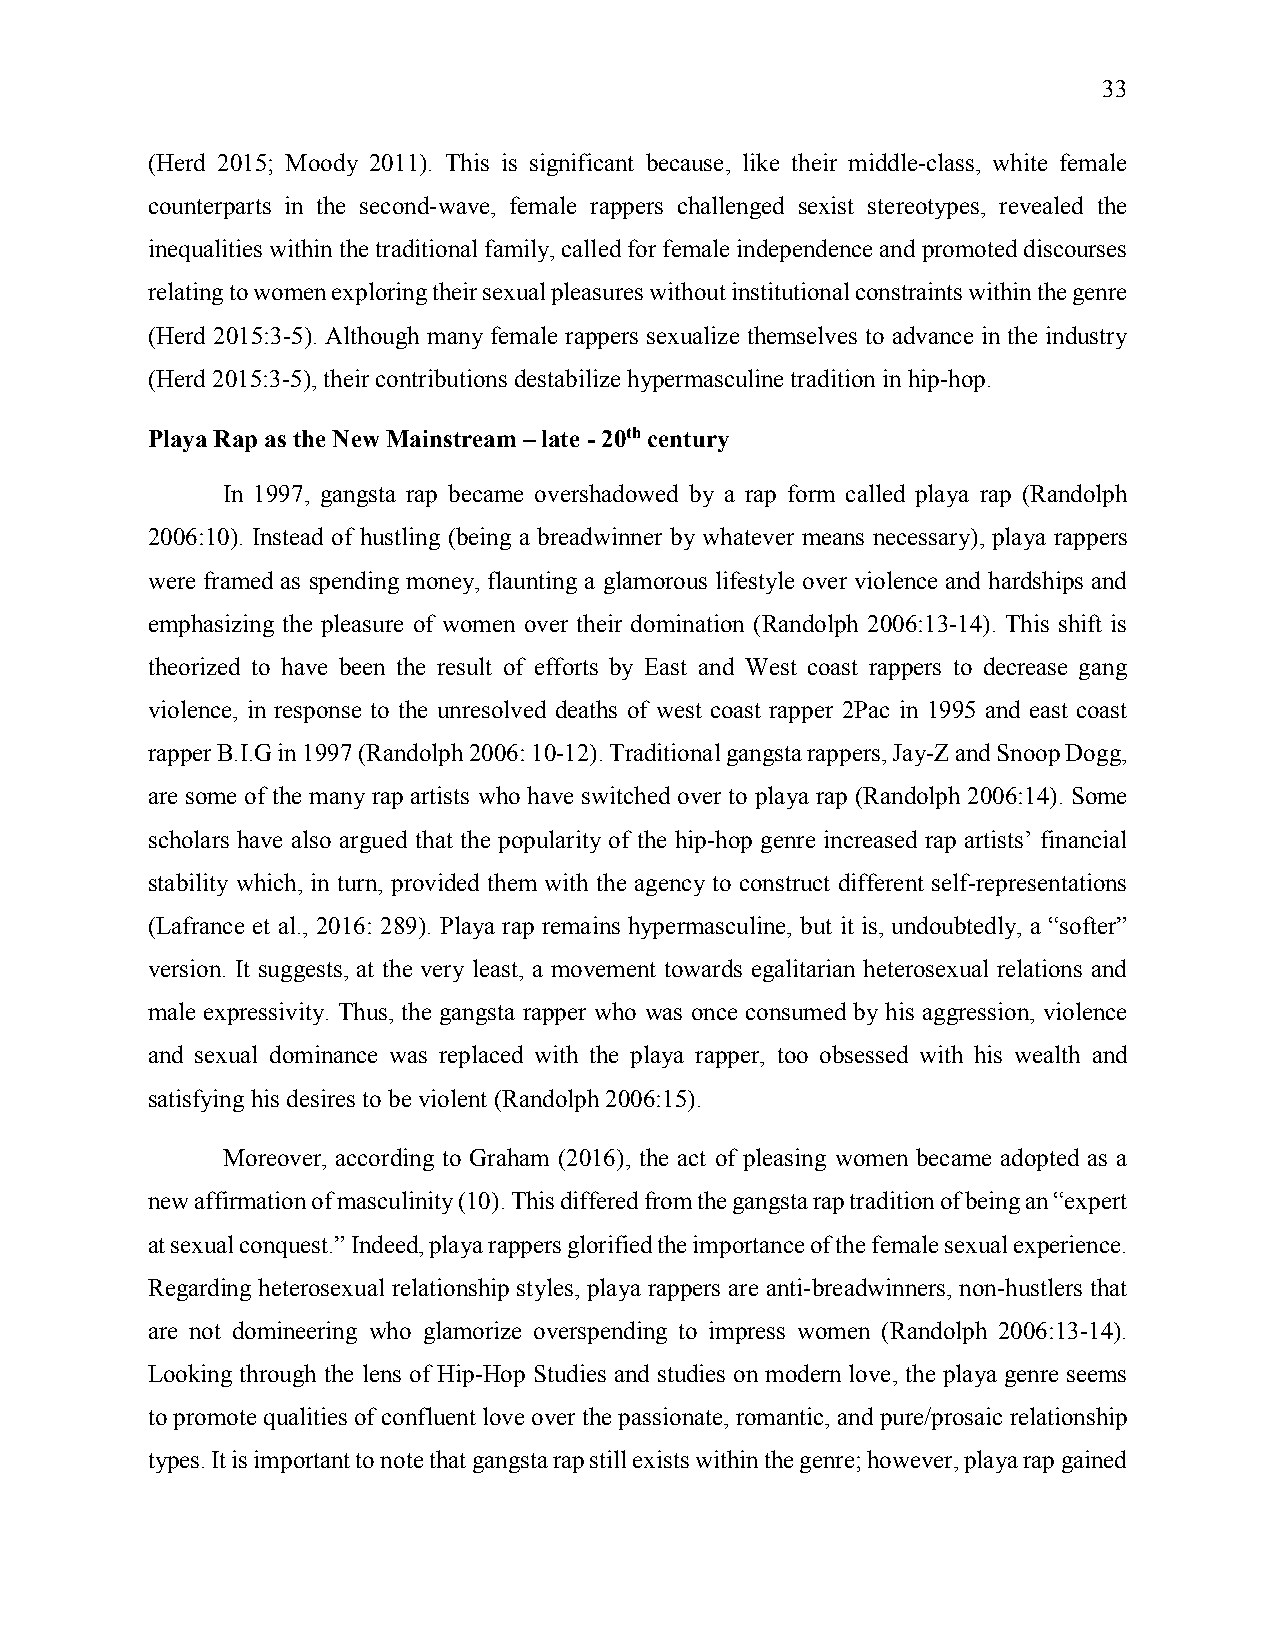
33
 (Herd 2015; Moody 2011). This is significant because, like their middle-class, white female
 counterparts in the second-wave, female rappers challenged sexist stereotypes, revealed the
 inequalities within the traditional family, called for female independence and promoted discourses
 relating to women exploring their sexual pleasures without institutional constraints within the genre
 (Herd 2015:3-5). Although many female rappers sexualize themselves to advance in the industry
 (Herd 2015:3-5), their contributions destabilize hypermasculine tradition in hip-hop.
 Playa Rap as the New Mainstream – late - 20th century
 In 1997, gangsta rap became overshadowed by a rap form called playa rap (Randolph
 2006:10). Instead of hustling (being a breadwinner by whatever means necessary), playa rappers
 were framed as spending money, flaunting a glamorous lifestyle over violence and hardships and
 emphasizing the pleasure of women over their domination (Randolph 2006:13-14). This shift is
 theorized to have been the result of efforts by East and West coast rappers to decrease gang
 violence, in response to the unresolved deaths of west coast rapper 2Pac in 1995 and east coast
 rapper B.I.G in 1997 (Randolph 2006: 10-12). Traditional gangsta rappers, Jay-Z and Snoop Dogg,
 are some of the many rap artists who have switched over to playa rap (Randolph 2006:14). Some
 scholars have also argued that the popularity of the hip-hop genre increased rap artists’ financial
 stability which, in turn, provided them with the agency to construct different self-representations
 (Lafrance et al., 2016: 289). Playa rap remains hypermasculine, but it is, undoubtedly, a “softer”
 version. It suggests, at the very least, a movement towards egalitarian heterosexual relations and
 male expressivity. Thus, the gangsta rapper who was once consumed by his aggression, violence
 and sexual dominance was replaced with the playa rapper, too obsessed with his wealth and
 satisfying his desires to be violent (Randolph 2006:15).
 Moreover, according to Graham (2016), the act of pleasing women became adopted as a
 new affirmation of masculinity (10). This differed from the gangsta rap tradition of being an “expert
 at sexual conquest.” Indeed, playa rappers glorified the importance of the female sexual experience.
 Regarding heterosexual relationship styles, playa rappers are anti-breadwinners, non-hustlers that
 are not domineering who glamorize overspending to impress women (Randolph 2006:13-14).
 Looking through the lens of Hip-Hop Studies and studies on modern love, the playa genre seems
 to promote qualities of confluent love over the passionate, romantic, and pure/prosaic relationship
 types. It is important to note that gangsta rap still exists within the genre; however, playa rap gained